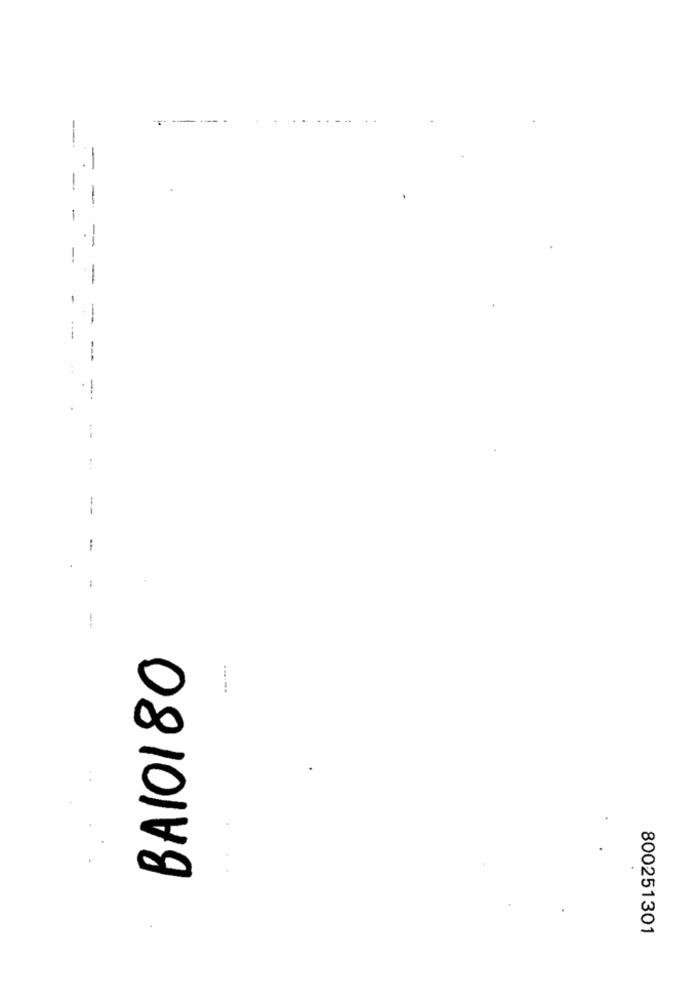
-
-
-
--
-
-
-
---
--.
--
-
--
BAIO1 80
800251301